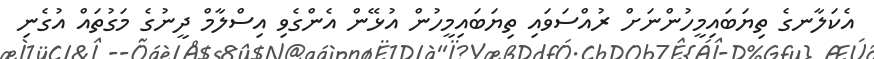
އެކަލާނގެ ތިޔަބައިމީހުންނަށް ރުއްސަވައި ތިޔަބައިމީހުން އުޅޭން އެންގެވި އިސްލާމް ދީނުގެ މަގުތައް އުގެނި